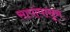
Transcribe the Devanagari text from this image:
सापांपासून